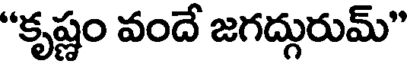
"కృష్ణం వందే జగద్గురుమ్"